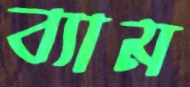
ব্যাম